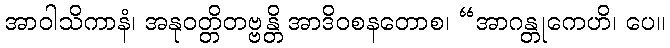
အာဝါသိကာနံ၊ အနုဝတ္တိတဗ္ဗန္တိ အာဒိဝစနတောစ၊ “အာဂန္တုကေဟိ၊ ပေ။